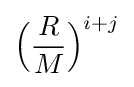
{\Big (}{\frac {R}{M}}{\Big )}^{i+j}